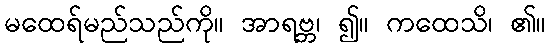
မထေရ်မည်သည်ကို။ အာရဗ္ဘ၊ ၍။ ကထေသိ၊ ၏။